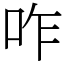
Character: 咋